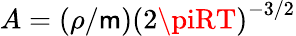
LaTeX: A=({\rho}/{\mathsf{m}})\left({2\piRT}\right)^{-3/2}